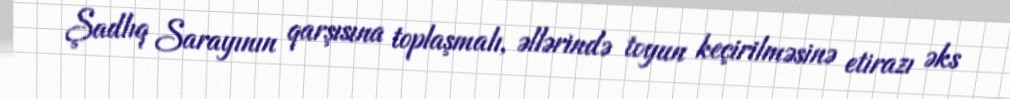
Şadlıq Sarayının qarşısına toplaşmalı, əllərində toyun keçirilməsinə etirazı əks